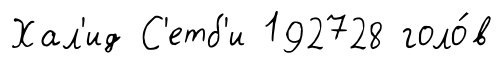
Хал'ид С'етб'и 192728 голо́в